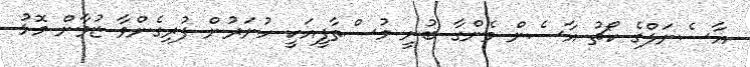
އާސެނަލްގެ ކޯޗު އާސެން ވެންގާ ބުނީ މުސްތާފީއަކީ ހުނަރުން ފުރިގެންވާ ޒުވާން މޮޅު